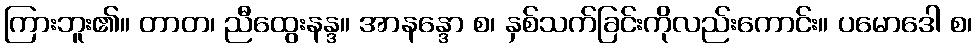
ကြားဘူး၏။ တာတ၊ ညီထွေးနန္ဒ။ အာနန္ဒော စ၊ နှစ်သက်ခြင်းကိုလည်းကောင်း။ ပမောဒေါ စ၊